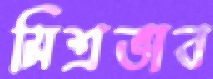
মিশ্রভাব